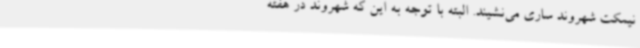
نیمکت شهروند ساری می‌نشیند. البته با توجه به این که شهروند در هفته